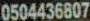
0504436807